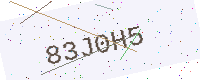
Text: 83J0H5